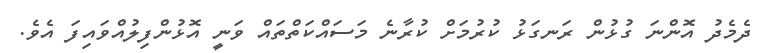
ދެމެދު އޮންނަ ގުޅުން ރަނގަޅު ކުރުމަށް ކުރާނެ މަސައްކަތްތައް ވަނީ އޮޅުންފިލުއްވައިފަ އެވެ.